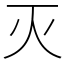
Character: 灭